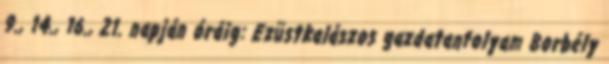
9., 14., 16., 21. napján óráig: Ezüstkalászos gazdatanfolyam Borbély